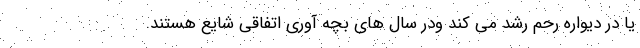
یا در دیواره رحم رشد می کند ودر سال های بچه آوری اتفاقی شایع هستند.